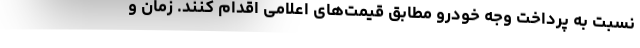
نسبت به پرداخت وجه خودرو مطابق قیمت‌های اعلامی اقدام کنند. زمان و